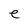
Character: e